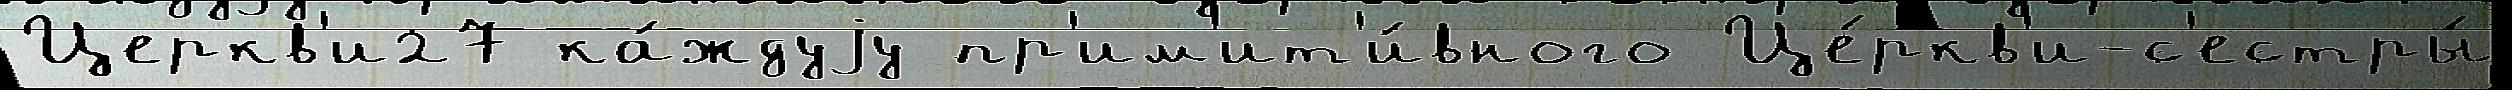
Церкв'и27 ка́ждуjу пр'им'ит'и́вного Це́ркв'и-с'естры́